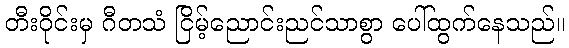
တီးဝိုင်းမှ ဂီတသံ ငြိမ့်ညောင်းညင်သာစွာ ပေါ်ထွက်နေသည်။